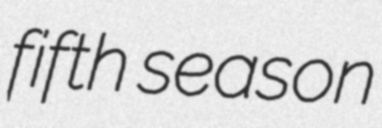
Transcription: fifth season